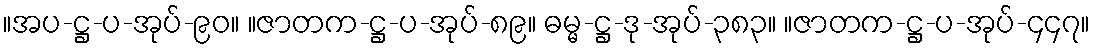
။အပ-ဋ္ဌ-ပ-အုပ်-၉၀။ ။ဇာတက-ဋ္ဌ-ပ-အုပ်-၈၉။ ဓမ္မ-ဋ္ဌ-ဒု-အုပ်-၃၈၃။ ။ဇာတက-ဋ္ဌ-ပ-အုပ်-၄၄၇။